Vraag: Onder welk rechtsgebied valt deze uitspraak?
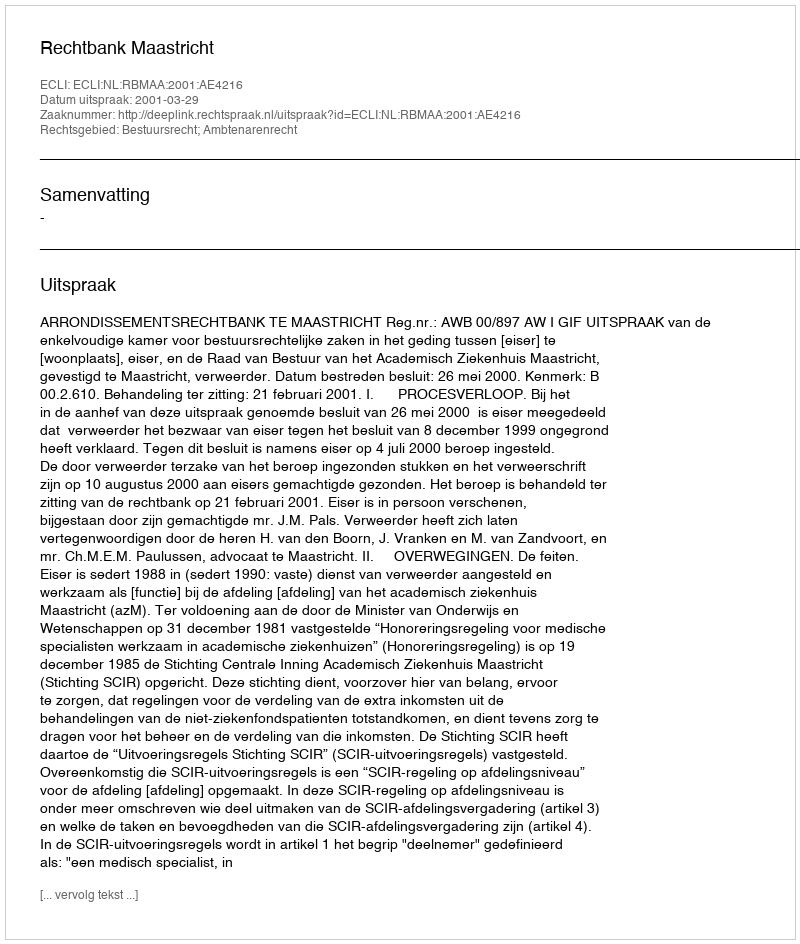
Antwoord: Bestuursrecht; Ambtenarenrecht